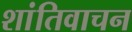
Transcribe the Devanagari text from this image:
शांतिवाचन